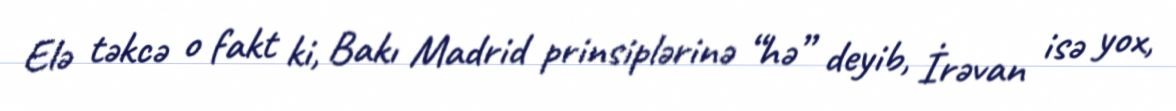
Elə təkcə o fakt ki, Bakı Madrid prinsiplərinə “hə” deyib, İrəvan isə yox,